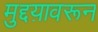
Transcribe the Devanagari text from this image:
मुद्दय़ावरून